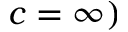
c = \infty )